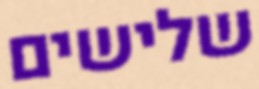
שלישים